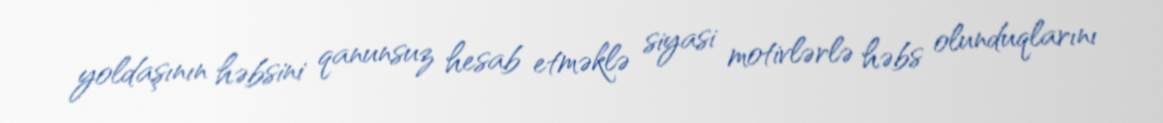
yoldaşının həbsini qanunsuz hesab etməklə siyasi motivlərlə həbs olunduqlarını